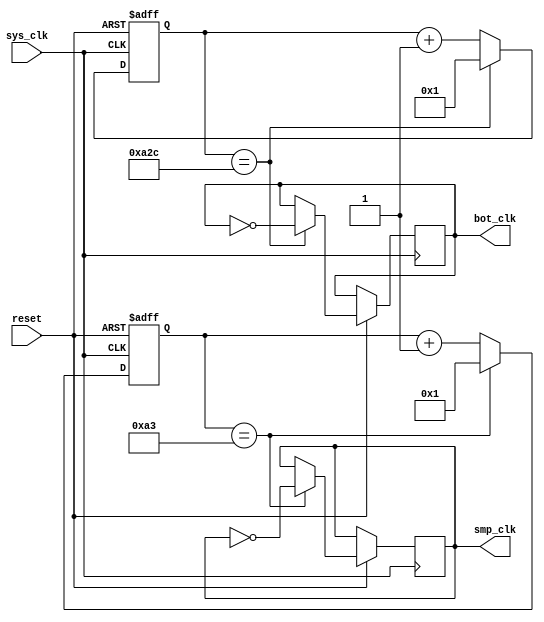
module Generator(
input sys_clk,
input reset,
output reg bot_clk,
output reg smp_clk
);
reg [7:0]   to_smp,ctr1;
reg [11:0]  to_Baud,ctr2;

initial
begin
    to_smp=8'b10100011;    ctr1=8'b0;
    to_Baud=12'b101000101100;    ctr2=12'b0;
    smp_clk=0;
    bot_clk=0;
end
always @(posedge sys_clk or negedge reset)
begin
    if(~reset)
    begin
        ctr1=8'b0;
        ctr2=12'b0;
    end
    else
    begin
    if(ctr1==to_smp)
            begin
                smp_clk<=~smp_clk;
                ctr1<=8'b0+1'b1;
            end
        else
            ctr1<=ctr1+1'b1;
    if(ctr2==to_Baud)
            begin
                bot_clk<=~bot_clk;
                ctr2<=12'b0+1'b1;
            end
        else
            ctr2<=ctr2+1'b1;
    end
end
endmodule